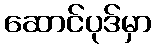
ဆောင်ပုဒ်မှာ